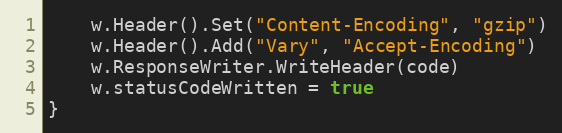
Language: Go
	w.Header().Set("Content-Encoding", "gzip")
	w.Header().Add("Vary", "Accept-Encoding")
	w.ResponseWriter.WriteHeader(code)
	w.statusCodeWritten = true
}